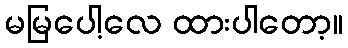
မမြပေါ့လေ ထားပါတော့။